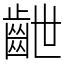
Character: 齛